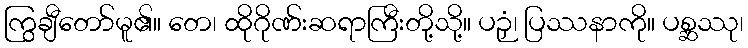
ကြွချီတော်မူ၏။ တေ၊ ထိုဂိုဏ်းဆရာကြီးတို့သို့။ ပဉှံ၊ ပြဿနာကို။ ပစ္ဆဿု၊